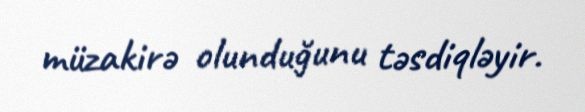
müzakirə olunduğunu təsdiqləyir.